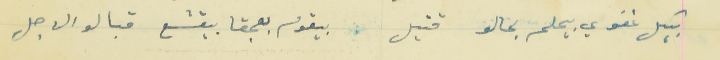
بيكل غفوي بيحلم بحالو قتيل                                  بيقوم بعجقا بيقشع قبالو الاجل